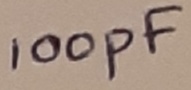
Text: 100pF